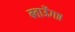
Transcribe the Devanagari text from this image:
बताऊँगा।